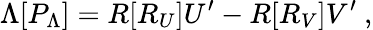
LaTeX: \Lambda[P_{\Lambda}]=R[R_{U}]U^{\prime}-R[R_{V}]V^{\prime}\ ,